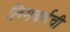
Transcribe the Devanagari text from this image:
लिमबर्गची